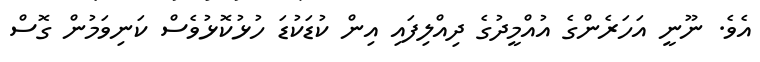
އެވެ. ނޫނީ އަހަރެންގެ އުއްމީދުގެ ދިއްލިފައި އިން ކުޑަކުޑަ ހުޅުކޮޅުވެސް ކަނިވަމުން ގޮސް